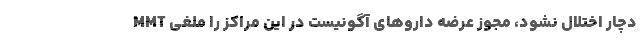
MMT دچار اختلال نشود، مجوز عرضه دارو‌های آگونیست در این مراکز را ملغی